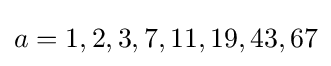
a=1,2,3,7,11,19,43,67